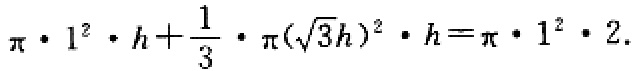
\(\pi\cdot 1^{2}\cdot h+\frac{1}{3}\cdot \pi(\sqrt{3}h)^{2}\cdot h=\pi\cdot 1^{2}\cdot 2\)